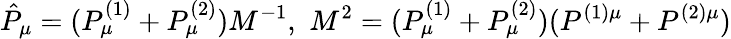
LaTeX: \hat{P}_{\mu}=({P}_{\mu}^{(1)}+{P}_{\mu}^{(2)})M^{-1},\, \, M^{2}=(P_{\mu}^{(1)}+P_{\mu}^{(2)})(P^{(1)\mu}+P^{(2)\mu})